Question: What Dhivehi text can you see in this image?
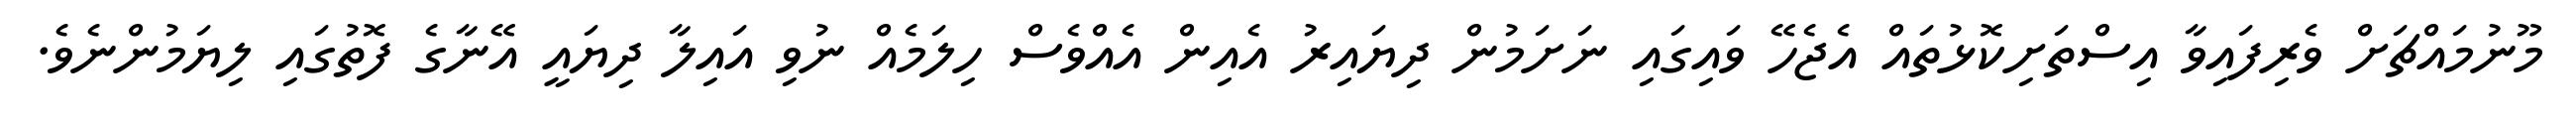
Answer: މޫނުމައްޗަށް ވެރިފައިވާ އިސްތަށިކޮޅުތައް އެޖެހޭ ވައިގައި ނަށަމުން ދިޔައިރު އެއިން އެއްވެސް ހިލަމެއް ނުވި އައިލާ ދިޔައީ އޭނާގެ ފޮތުގައި ލިޔަމުންނެވެ.